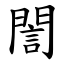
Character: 誾